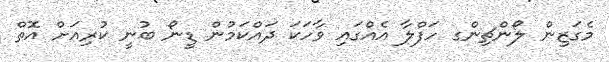
މެގަޒިން ލޯންޗިންގ ހަފްލާ އެއްގައި ވާހަކަ ދައްކަމުން ޑީނޯ ބުނީ ކުރިއަށް އޮތް